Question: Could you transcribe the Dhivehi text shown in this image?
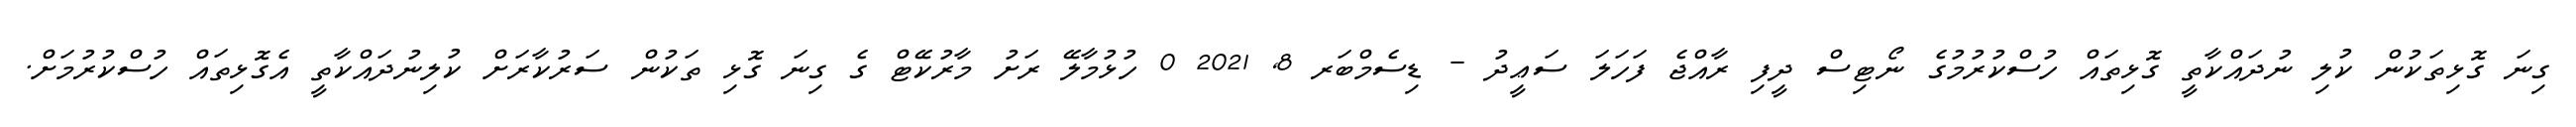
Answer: ގިނަ ގޮޅިތަކުން ކުލި ނުދައްކާތީ ގޮޅިތައް ހުސްކުރުމުގެ ނޯޓިސް ދީފި ރާއްޖެ ފަހަލަ ސަޢީދު - ޑިސެމްބަރ 8, 2021 0 ހުޅުމާލޭ ރަށު މާރުކޭޓް ގެ ގިނަ ގޮޅި ތަކުން ސަރުކާރަށް ކުލިނުދައްކާތީ އެގޮޅިތައް ހުސްކުރުމަށް.